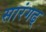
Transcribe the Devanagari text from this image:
सारंगढ्